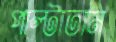
পাল্‌টাতাম